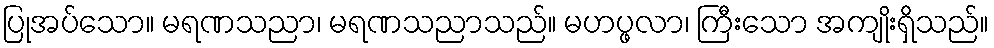
ပြုအပ်သော။ မရဏသညာ၊ မရဏသညာသည်။ မဟပ္ဖလာ၊ ကြီးသော အကျိုးရှိသည်။